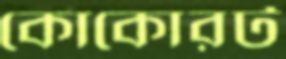
কোকোরট